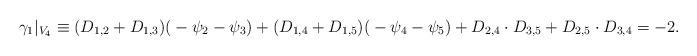
LaTeX: \begin{align*}\gamma_1 |_{V_4} \equiv (D_{1,2}+ D_{1,3}) ({}-\psi_2 -\psi_3) + (D_{1,4}+ D_{1,5}) ({}-\psi_4 -\psi_5) + D_{2,4}\cdot D_{3,5} + D_{2,5}\cdot D_{3,4} = -2.\end{align*}